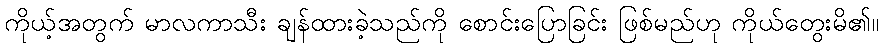
ကိုယ့်အတွက် မာလကာသီး ချန်ထားခဲ့သည်ကို စောင်းပြောခြင်း ဖြစ်မည်ဟု ကိုယ်တွေးမိ၏။